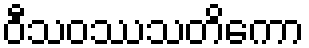
ဝီသဝဿသတိကော